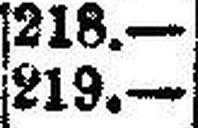
219.—